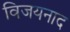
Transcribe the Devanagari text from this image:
विजयनाद